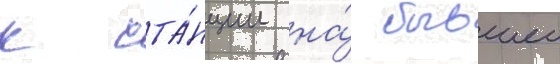
к ста́нции на́ бывшеи